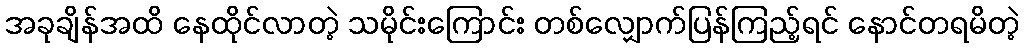
အခုချိန်အထိ နေထိုင်လာတဲ့ သမိုင်းကြောင်း တစ်လျှောက်ပြန်ကြည့်ရင် နောင်တရမိတဲ့